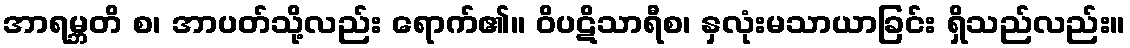
အာရမ္ဘတိ စ၊ အာပတ်သို့လည်း ရောက်၏။ ဝိပဋိသာရီစ၊ နှလုံးမသာယာခြင်း ရှိသည်လည်း။